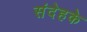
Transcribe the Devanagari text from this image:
संदेहके